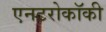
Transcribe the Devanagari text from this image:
एनटरोकॉकी